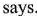
says.